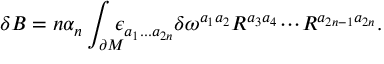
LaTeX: \delta B = n \alpha _ { n } \int _ { \partial { \cal M } } \! \! \! \! \epsilon _ { a _ { 1 } . . . a _ { 2 n } } \delta \omega ^ { a _ { 1 } a _ { 2 } } R ^ { a _ { 3 } a _ { 4 } } \! \cdot \! \cdot \! \cdot \! R ^ { a _ { 2 n - 1 } a _ { 2 n } } .